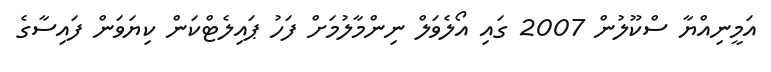
އަމީނިއްޔާ ސްކޫލުން 2007 ގައި އޯލެވަލް ނިންމާލުމަށް ފަހު ޕައިލެޓްކަން ކިޔަވަން ފައިސާގެ